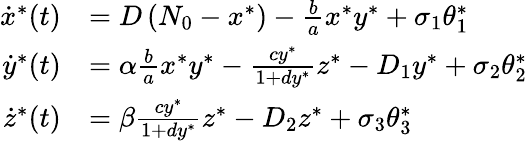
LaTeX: \begin{array}{rl}{\dot{x}^{*}(t)}&{=D\left(N_{0}-x^{*}\right)-\frac{b}{a}x^{*}y^{*}+\sigma_{1}\theta_{1}^{*}}\\ {\dot{y}^{*}(t)}&{=\alpha\frac{b}{a}x^{*}y^{*}-\frac{cy^{*}}{1+dy^{*}}z^{*}-D_{1}y^{*}+\sigma_{2}\theta_{2}^{*}}\\ {\dot{z}^{*}(t)}&{=\beta\frac{cy^{*}}{1+dy^{*}}z^{*}-D_{2}z^{*}+\sigma_{3}\theta_{3}^{*}}\end{array}